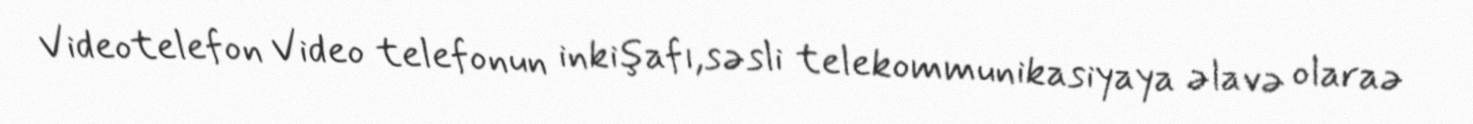
Videotelefon Video telefonun inkişafı,səsli telekommunikasiyaya əlavə olaraə